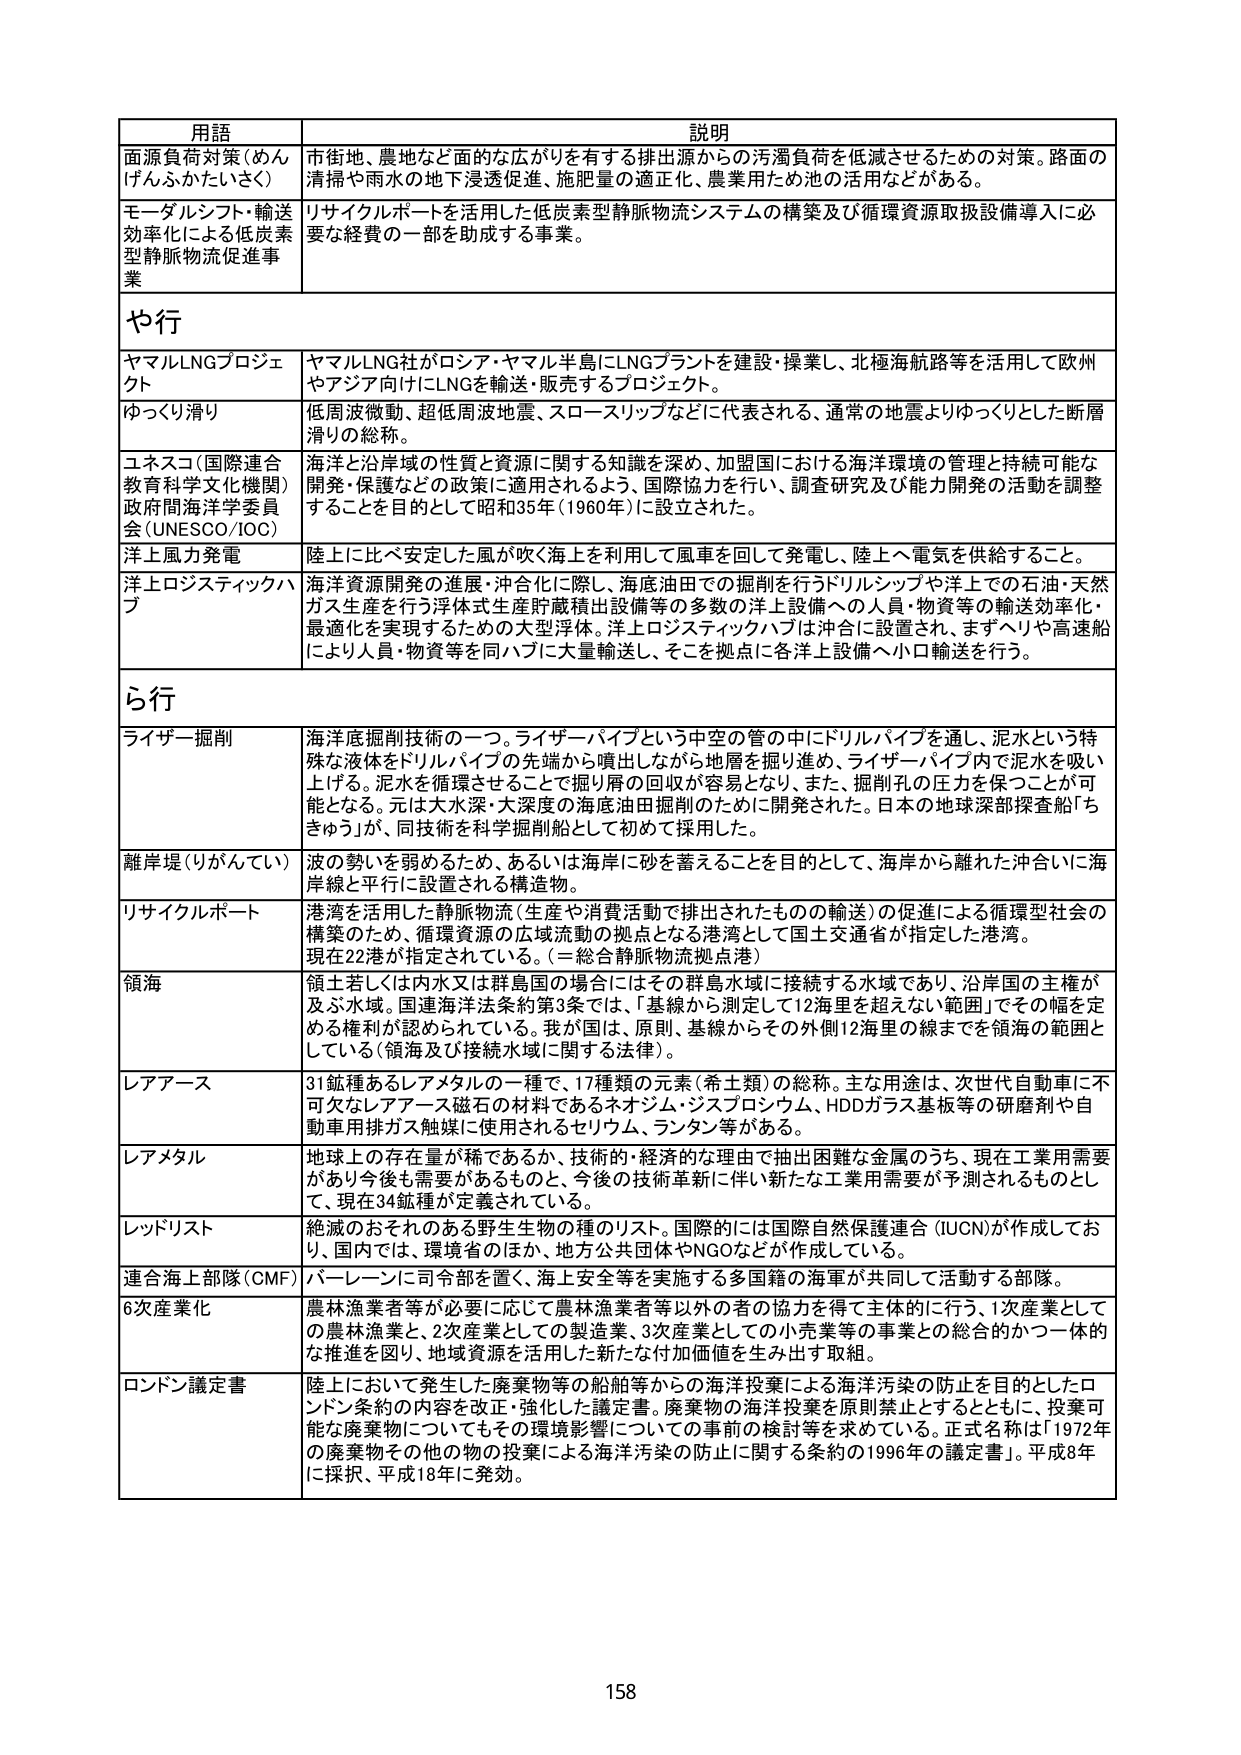
用語 説明
面源負荷対策（めんげんふかたいさく） 市街地、農地など面的な広がりを有する排出源からの汚濁負荷を低減させるための対策。路面の清掃や雨水の地下浸透促進、施肥量の適正化、農業用ため池の活用などがある。
モーダルシフト・輸送効率化による低炭素型静脈物流促進事業 リサイクルポートを活用した低炭素型静脈物流システムの構築及び循環資源取扱設備導入に必要な経費の一部を助成する事業。
や行
ヤマルLNGプロジェクト ヤマルLNG社がロシア・ヤマル半島にLNGプラントを建設・操業し、北極海航路等を活用して欧州やアジア向けにLNGを輸送・販売するプロジェクト。
ゆっくり滑り 低周波微動、超低周波地震、スロースリップなどに代表される、通常の地震よりゆっくりとした断層滑りの総称。
ユネスコ（国際連合教育科学文化機関）政府間海洋科学委員会（UNESCO/IOC） 海洋と沿岸域の性質と資源に関する知識を深め、加盟国における海洋環境の管理と持続可能な開発・保護などの政策に適用されるよう、国際協力を行い、調査研究及び能力開発の活動を調整することを目的として昭和35年（1960年）に設立された。
洋上風力発電 陸上に比べ安定した風が吹く海上を利用して風車を回して発電し、陸上へ電気を供給すること。
洋上ロジスティックハブ 海洋資源開発の進展・沖合化に際し、海底油田での掘削を行うドリルシップや洋上での石油・天然ガス生産を行う浮体式生産貯蔵積出設備等の多数の洋上設備への人員・物資等の輸送効率化・最適化を実現するための大型浮体。洋上ロジスティックハブは沖合に設置され、まずヘリや高速船により人員・物資等を同ハブに大量輸送し、そこを拠点に各洋上設備へ小口輸送を行う。
ら行
ライザー掘削 海洋底掘削技術の一つ。ライザーパイプという中空の管の中にドリルパイプを通し、泥水という特殊な液体をドリルパイプの先端から噴出しながら地層を掘り進め、ライザーパイプ内で泥水を吸い上げる。泥水を循環させることで掘り屑の回収が容易となり、また、掘削孔の圧力を保つことが可能となる。元は大水深・大深度の海底油田掘削のために開発された。日本の地球深部探査船「ちきゅう」が、同技術を科学掘削船として初めて採用した。
離岸堤（りがんてい） 波の勢いを弱めるため、あるいは海岸に砂を蓄えることを目的として、海岸から離れた沖合いに海岸線と平行に設置される構造物。
リサイクルポート 港湾を活用した静脈物流（生産や消費活動で排出されたものの輸送）の促進による循環型社会の構築のため、循環資源の広域流動の拠点となる港湾として国土交通省が指定した港湾。現在22港が指定されている。（＝総合静脈物流拠点港）
領海 領土若しくは内水又は群島国の場合はその群島水域に接続する水域であり、沿岸国の主権が及ぶ水域。国連海洋法条約第3条では、「基線から測定して12海里を超えない範囲」でその幅を定める権利が認められている。我が国は、原則、基線からその外側12海里の線までを領海の範囲としている（領海及び接続水域に関する法律）。
レアアース 31鉱種あるレアメタルの一種で、17種類の元素（希土類）の総称。主な用途は、次世代自動車に不可欠なレアアース磁石の材料であるネオジム・ジスプロシウム、HDDガラス基板等の研磨剤や自動車用排ガス触媒に使用されるセリウム、ランタン等がある。
レアメタル 地球上の存在量が稀であるか、技術的・経済的な理由で抽出困難な金属のうち、現在工業用需要があり今後も需要があるものと、今後の技術革新に伴い新たな工業用需要が予測されるものとして、現在34鉱種が定義されている。
レッドリスト 絶滅のおそれのある野生生物の種のリスト。国際的には国際自然保護連合（IUCN）が作成しており、国内では、環境省のほか、地方公共団体やNGOなどが作成している。
連合海上部隊（CMF） バーレーンに司令部を置く、海上安全等を実施する多国籍の海軍が共同して活動する部隊。
6次産業化 農林漁業者等に必要に応じて農林漁業者等以外の者の協力を得て主体的に行う、1次産業としての農林漁業と、2次産業としての製造業、3次産業としての小売業等の事業との総合的かつ一体的な推進を図り、地域資源を活用した新たな付加価値を生み出す取組。
ロンドン議定書 陸上において発生した廃棄物等の船舶等からの海洋投棄による海洋汚染の防止を目的としたロンドン条約の内容を改正・強化した議定書。廃棄物の海洋投棄を原則禁止とするとともに、投棄可能な廃棄物についてはその環境影響についての事前の検討等を求めている。正式名称は「1972年の廃棄物その他の物の投棄による海洋汚染の防止に関する条約の1996年の議定書」。平成8年に採択、平成18年に発効。
158